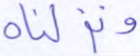
ونزلناه